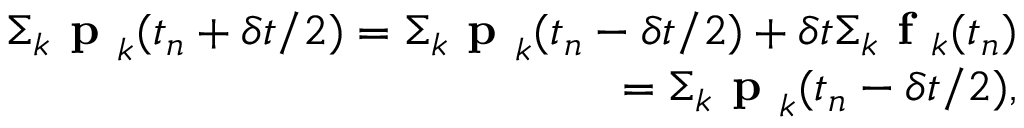
\begin{array} { r } { \Sigma _ { k } \textbf { p } _ { k } ( t _ { n } + \delta t / 2 ) = \Sigma _ { k } \textbf { p } _ { k } ( t _ { n } - \delta t / 2 ) + \delta t \Sigma _ { k } \textbf { f } _ { k } ( t _ { n } ) } \\ { = \Sigma _ { k } \textbf { p } _ { k } ( t _ { n } - \delta t / 2 ) , } \end{array}